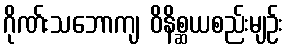
ဂိုဏ်းသဘောကျ ဝိနိစ္ဆယစည်းမျဉ်း